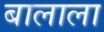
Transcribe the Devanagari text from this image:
बालाला